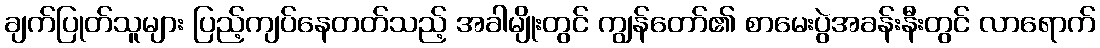
ချက်ပြုတ်သူများ ပြည့်ကျပ်နေတတ်သည့် အခါမျိုးတွင် ကျွန်တော်၏ စာမေးပွဲအခန်းနီးတွင် လာရောက်